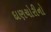
દાણચોરીનો